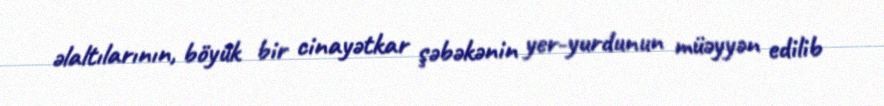
əlaltılarının, böyük bir cinayətkar şəbəkənin yer-yurdunun müəyyən edilib